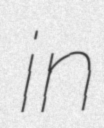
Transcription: in